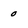
Character: 0